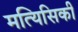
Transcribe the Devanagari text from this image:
मत्यिसिकी